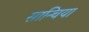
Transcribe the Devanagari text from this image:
सान्चिया